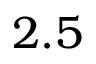
2 . 5